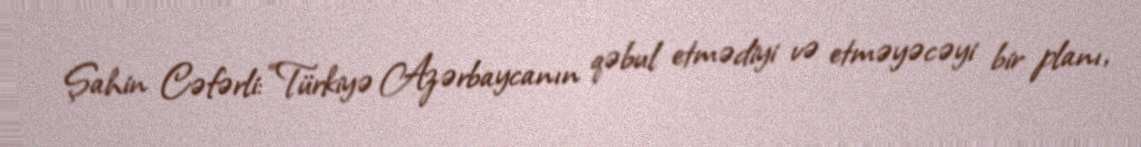
Şahin Cəfərli: “Türkiyə Azərbaycanın qəbul etmədiyi və etməyəcəyi bir planı,